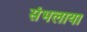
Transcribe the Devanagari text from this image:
संभलाया